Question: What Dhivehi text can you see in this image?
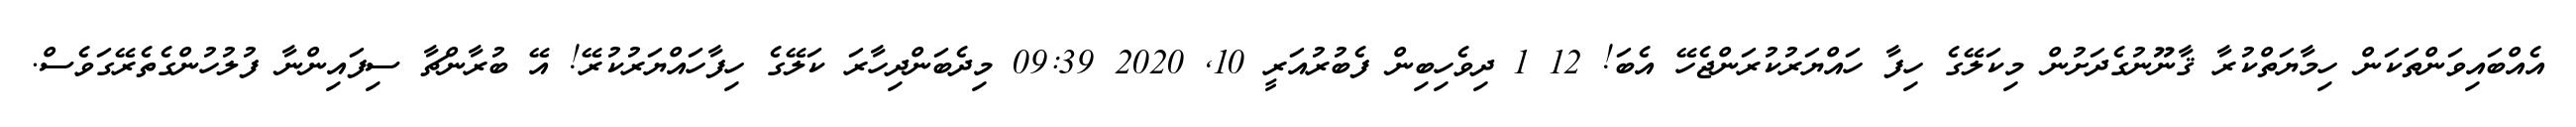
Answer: އެއްބައިވަންތަކަން ހިމާޔަތްކުރާ ޤާނޫނުގެދަށުން މިކަލޭގެ ހިފާ ހައްޔަރުކުރަންޖެހޭ އެބަ! 12 1 ދިވެހިބިން ފެބުރުއަރީ 10, 2020 09:39 މިދެބަންދިހާރަ ކަލޭގެ ހިފާހައްޔަރުކުރޭ! އޭ ބުރާންޗާ ސިފައިންނާ ފުލުހުންގެތެރޭގަވެސް.